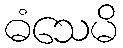
ဓံသေမိ